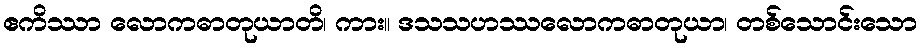
ဧကိဿာ လောကဓာတုယာတိ၊ ကား။ ဒသသဟဿလောကဓာတုယာ၊ တစ်သောင်းသော